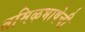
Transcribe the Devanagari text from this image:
तमिऴभाषेची